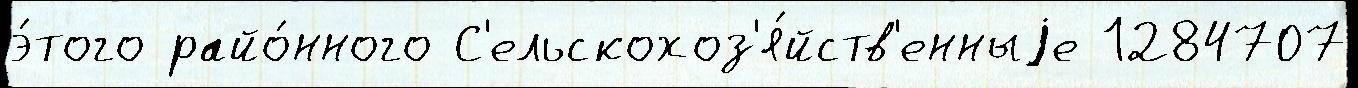
э́того райо́нного С'ельскохоз'я́йств'енныjе 1284707